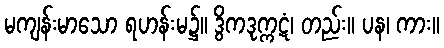
မကျန်းမာသော ရဟန်းမ၌။ ဒွိကဒုက္ကဋံ၊ တည်း။ ပန၊ ကား။